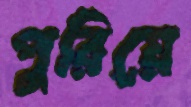
পুরিয়ে